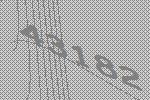
43182